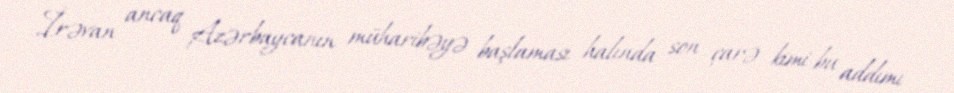
İrəvan ancaq Azərbaycanın müharibəyə başlaması halında son çarə kimi bu addımı